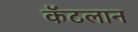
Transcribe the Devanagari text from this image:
कॅटलान